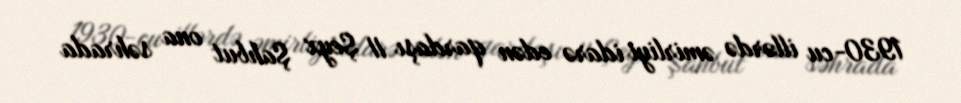
1930-cu illərdə əmirliyi idarə edən qardaşı II Şeyx Şahbut ona səhrada